Leningradi_Edasi_toimetus, lk 105
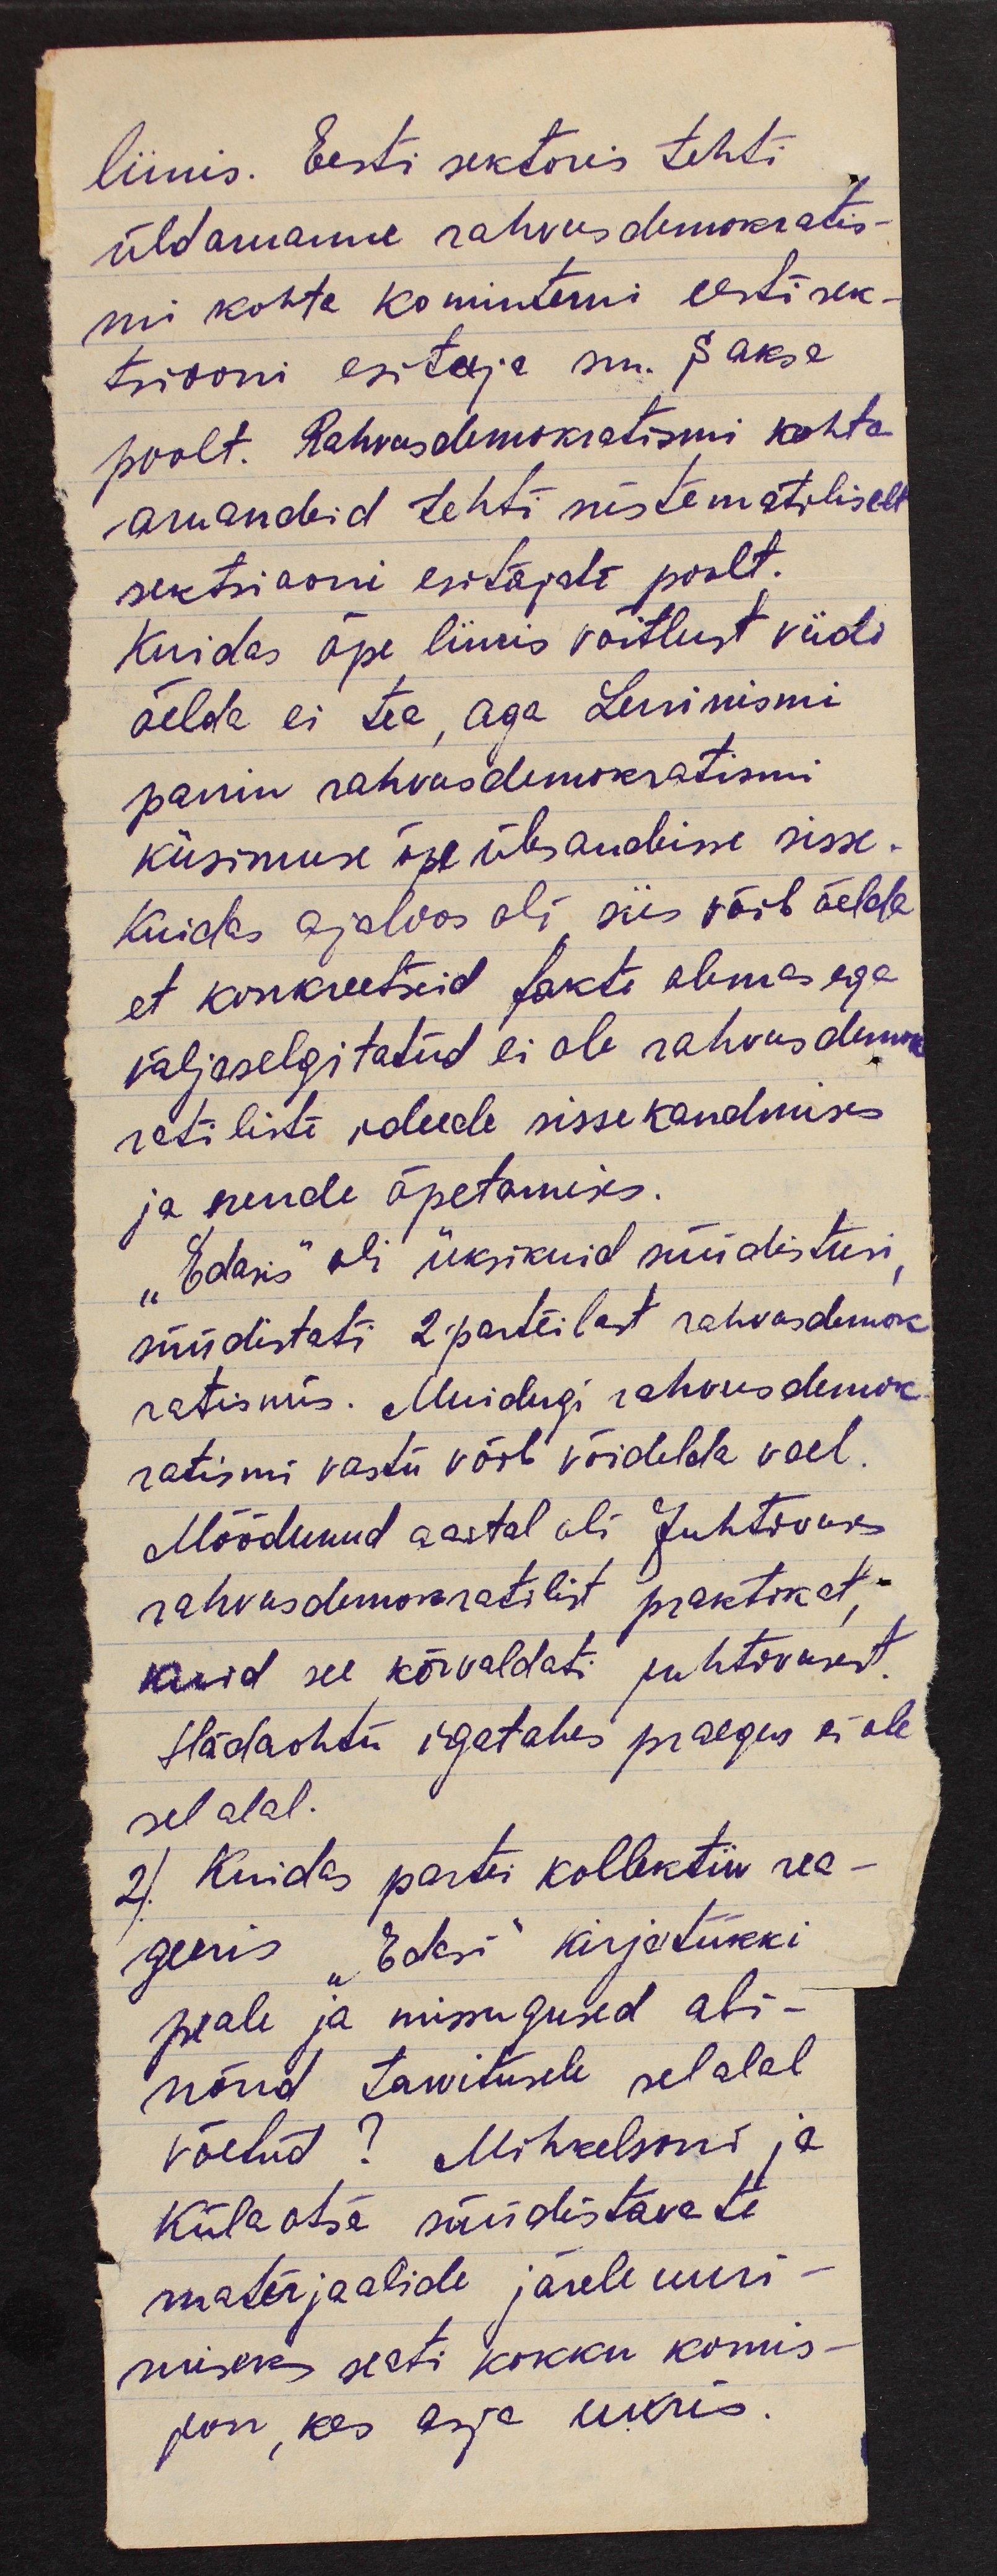
liinis. Eesti sektoris tehti
üldaruanne rahvusdemokratis-
mi kohta kominterni eesti sek-
tsiooni esitaja sm. Saksa
poolt. Rahvusdemokratismi kohta
aruandeid tehti süstematiliselt
sektsiooni esitajate poolt.
Kuidas õpe liinis võitlust viidi
öelda ei tea, aga Leninismi
panin rahvusdemokratismi
küsimuse õpeülesandeisse sisse.
Kuidas ajaloos oli, siis võib öelda
et konkreetseid fakte olemas ega
väljaselgitatud ei ole rahvusdemok
ratiliste ideede sissekandmises
ja nende õpetamises.
"Edasis" oli üksikuid süüdistusi,
süüdistati 2 parteilast rahvusdemok
ratismis. Muidugi rahvusdemok
ratismi vastu võib võidelda veel.
Möödunud aastal oli Juhtivuses
rahvusdemokratilist praktikat,
kuid see kõrvaldati juhtivusest.
Hädaohtu igatahes praegus ei ole
sel alal.
2) Kuidas partei kollektiiv rea-
geeris "Edasi" kirjatükki
peale ja missugused abi-
nõud tarvitusele sel alal
võetud? Mihkelsoni ja
Külaotsa süüdistavate
materjaalide järele uuri-
miseks seati kokku komis-
jon, kes asja uuris.